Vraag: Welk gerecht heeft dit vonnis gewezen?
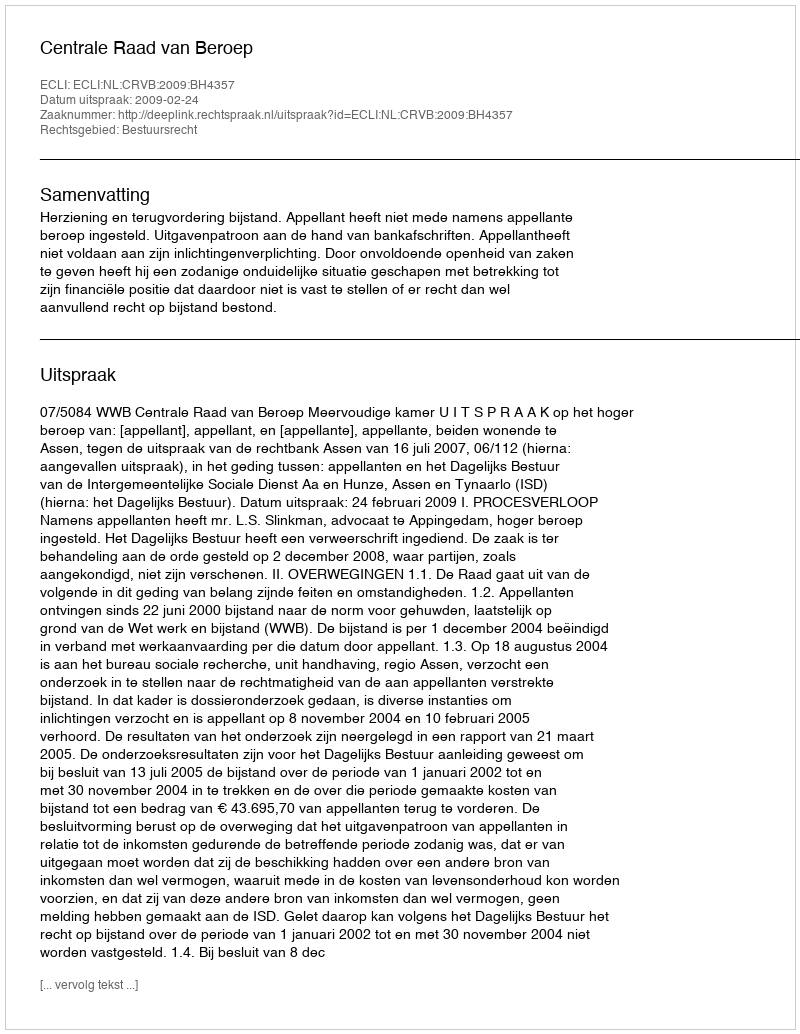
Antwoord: Centrale Raad van Beroep